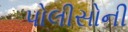
પોલીસોની